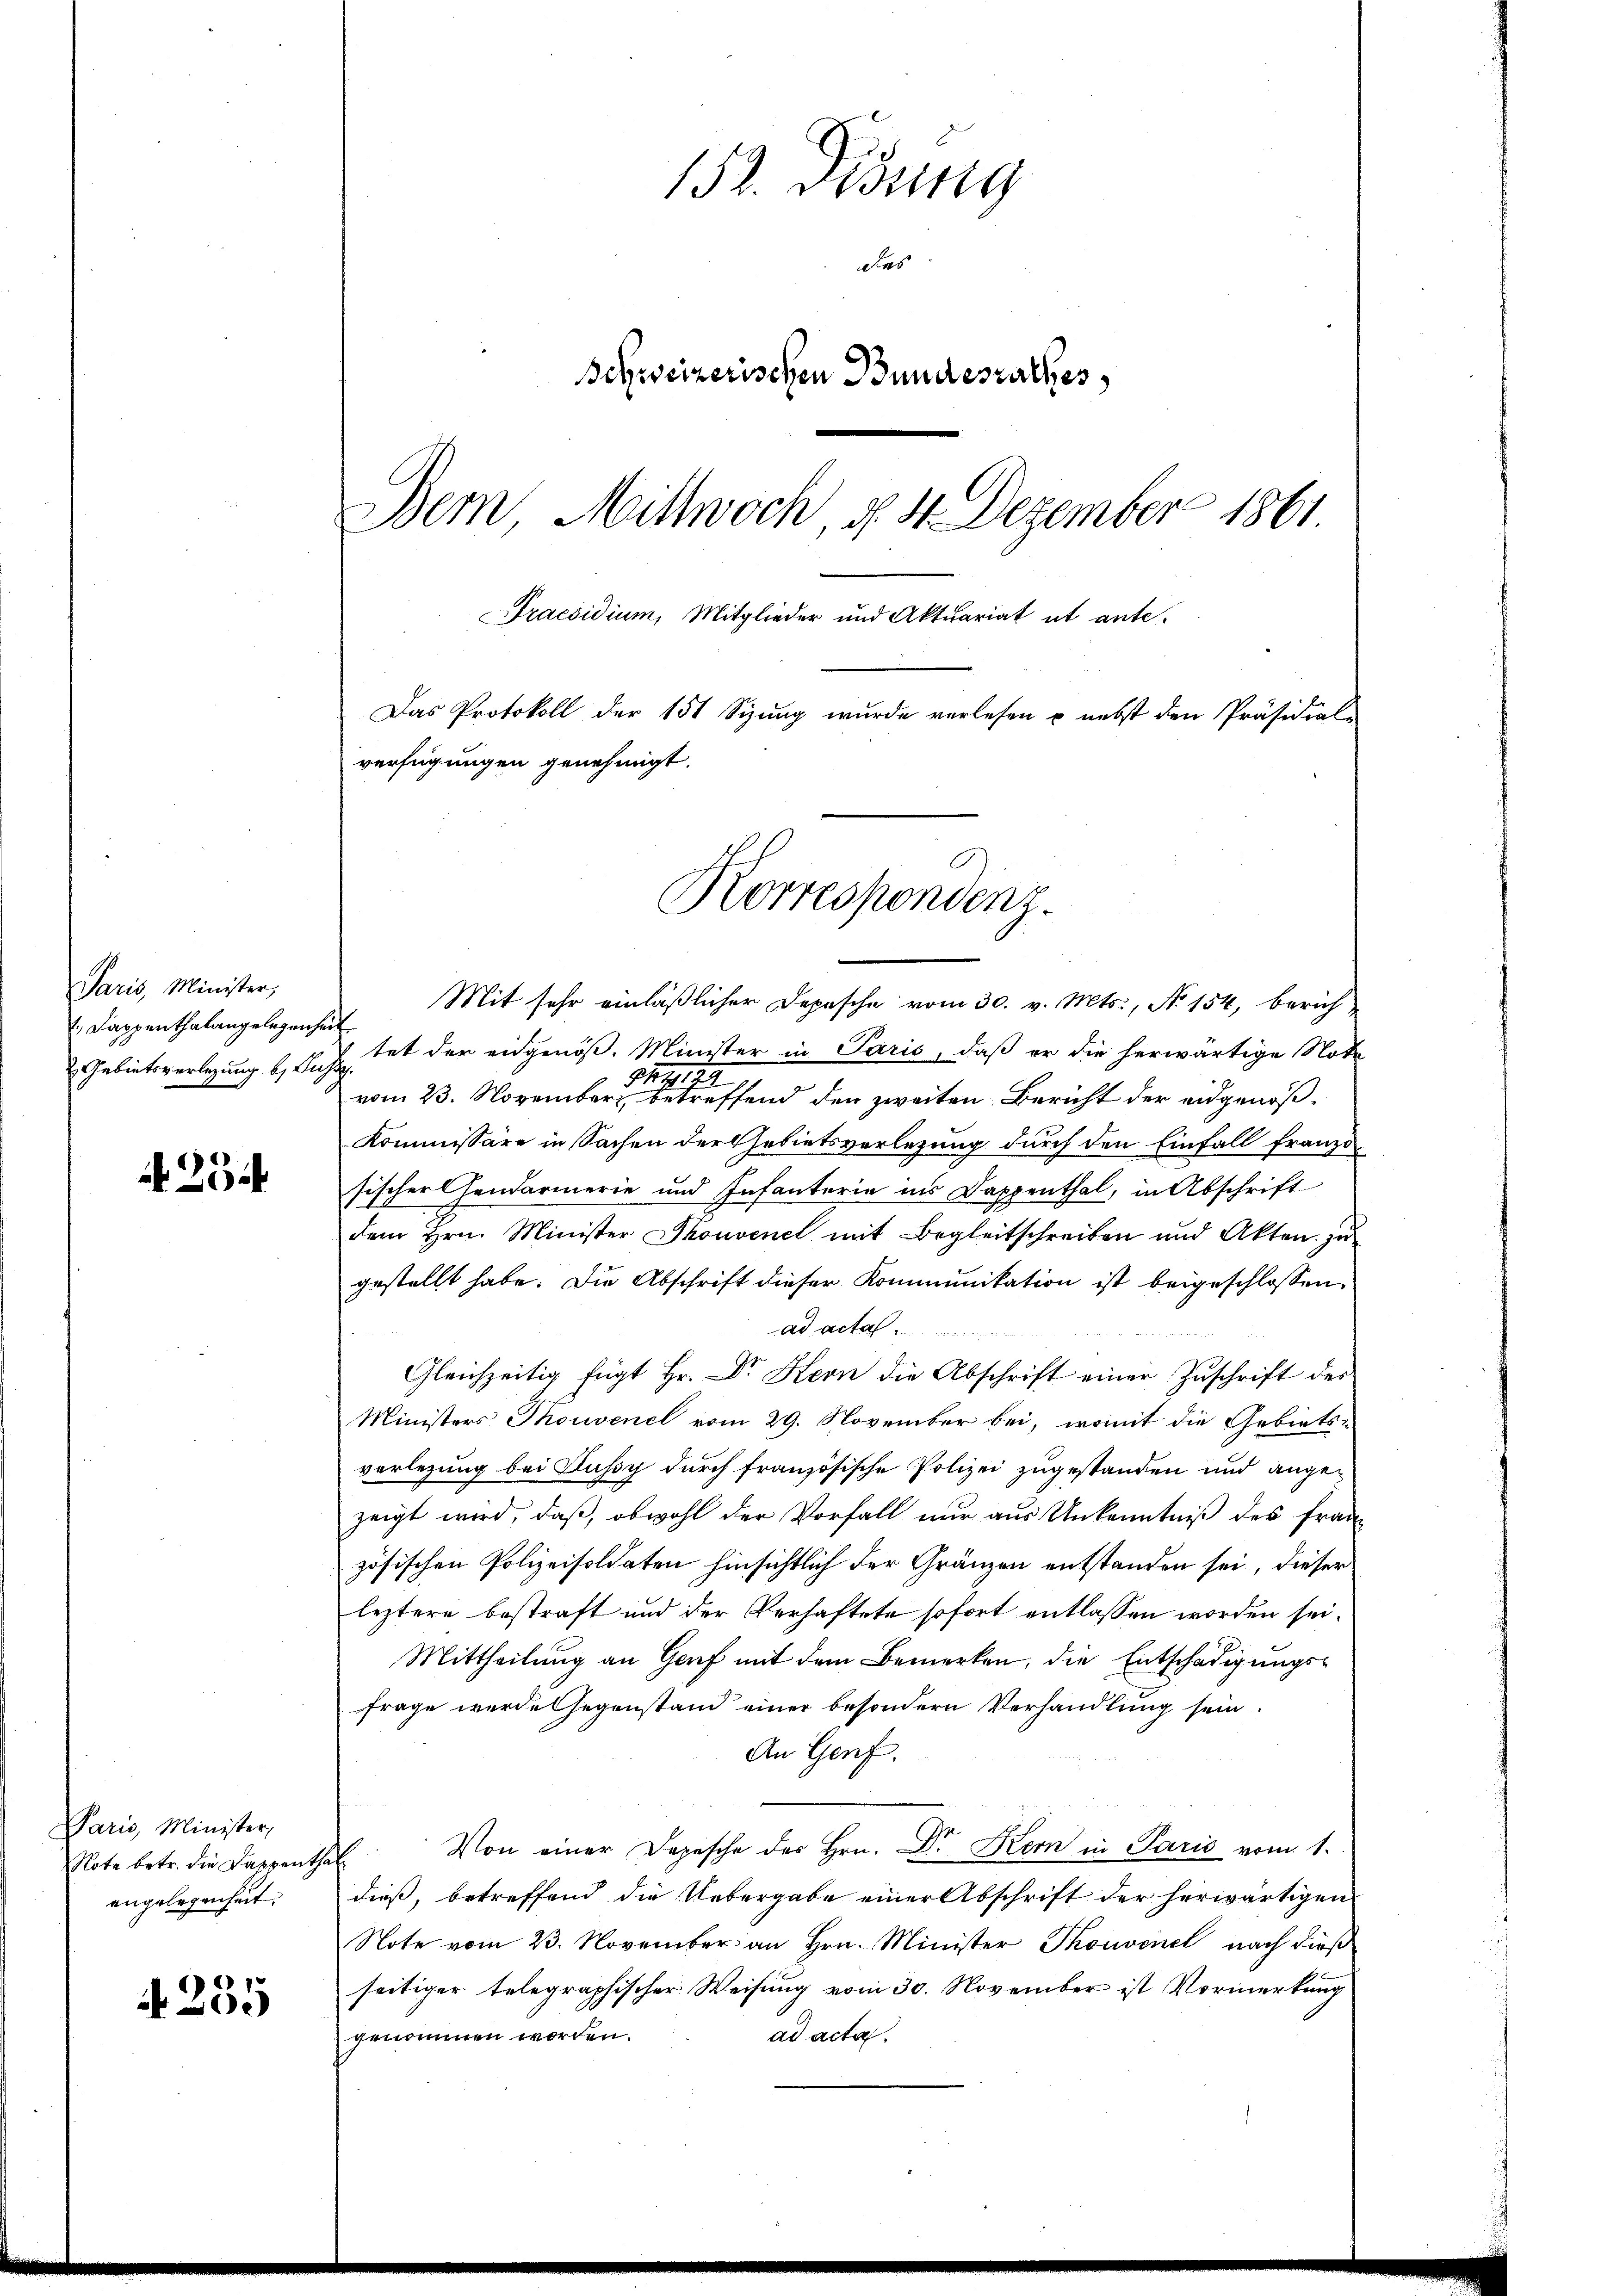
Paris, Minister,
1., Dappenthalangelegenheit

254

Paris, Minister,
Note betr. die Dappenthal
angelegenheit.

4255

152. Disung
dies
Schweizerischen Bundesrathes,
Dem Mittwoch, d. 4. Dezember 1861.
Praesidium, Mitglieder und Aktuariat et ante-
Das Protokoll der 151 Sizŭng wurde verlesen u. nebst den Präsidial-
verfügungen genehmigt.
Korresponding.

Mit sehr einläßlicher Depesche vom 30. v. Mts., No 154, berich-
Gebietsverlegung berichtet der eidgenöß. Minister in Paris, daß er die herwärtige Note
vom 23. November eine betreffend den zweiten Bericht der eidgenöß¬
Kommissäre in Sachen der Gebietsverletzung durch den Einfall franzo
Fischer Handarmerie und Infanterie ins Dappenthal, in Abschrift
dem Hrn. Minister Skonvenel mit Begleitschreiben und Akten zŭ
gestellt habe. Die Abschrift dieser Kommunikation ist beigeschlossen.
ad acta
Gleichzeitig fügt Hr. Dr Kern die Abschrift einer Zŭschrift des
Ministers Thouvenel vom 29. November bei, womit die Gebietsverlegung bei Fussy durch französische Polizei zugestanden und angezeigt wird, daß, obwohl der Vorfall nur aus Unkenntniß des Frau
zösischen Polizeisoldaten hinsichtlich der Gränzen entstanden sei, dieser
leztere bestraft und der Verhaftete sofort entlassen worden sei.
Mittheilung an Genf mit dem Bemerken, die Entschädigungsfrage werde Gegenstand einer besondern Verhandlung sein.
An Genf.
t
Von einer Depesche des Hrn. Dr Kern in Paris vom 1.
dieß, betreffend die Uebergabe einer Abschrift der herwärtigen
Note vom 23. November an Hrn. Minister Thouvinel nach dieß
seitiger telegraphischer Weisung vom 30. November ist Vormerkung
ad acta.
genommen worden.